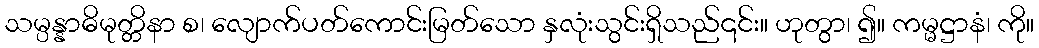
သမ္ပန္နာဓိမုတ္တိနာ စ၊ လျောက်ပတ်ကောင်းမြတ်သော နှလုံးသွင်းရှိသည်၎င်း။ ဟုတွာ၊ ၍။ ကမ္မဋ္ဌာနံ၊ ကို။